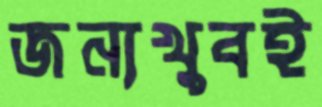
জন্যখুবই